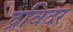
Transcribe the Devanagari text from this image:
द्रविदर